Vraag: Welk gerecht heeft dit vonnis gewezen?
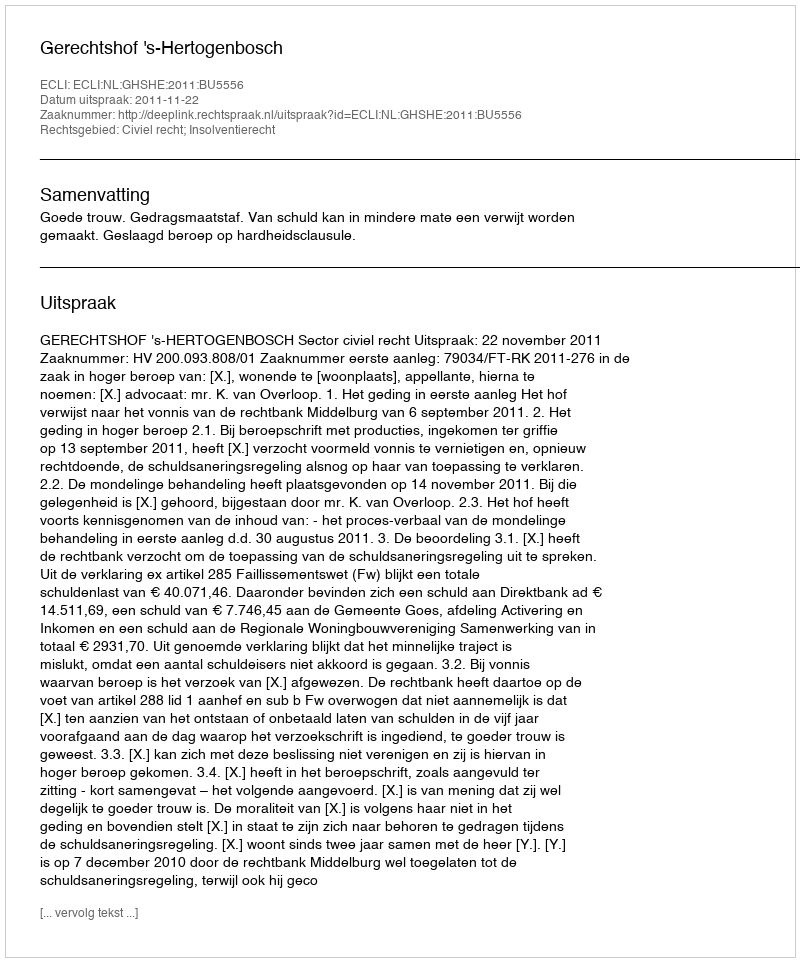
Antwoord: Gerechtshof 's-Hertogenbosch